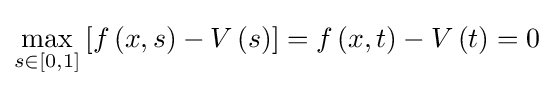
\max _{s\in \left[0,1\right]}\left[f\left(x,s\right)-V\left(s\right)\right]=f\left(x,t\right)-V\left(t\right)=0